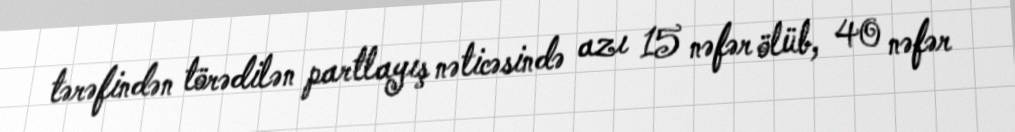
tərəfindən törədilən partlayış nəticəsində azı 15 nəfər ölüb, 40 nəfər